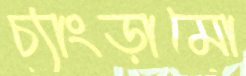
চ্যাংড়ামো